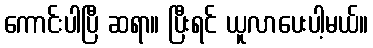
ကောင်းပါပြီ ဆရာ။ ပြီးရင် ယူလာပေးပါ့မယ်။